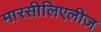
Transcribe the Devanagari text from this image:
मारसीलिएलीज़